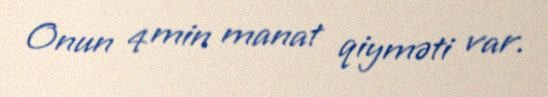
Onun 4 min manat qiyməti var.